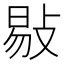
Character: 敡